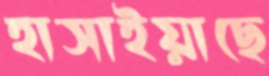
হাসাইয়াছে